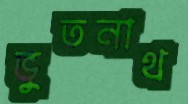
ভুতনাথ